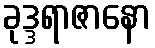
ခုဒ္ဒရာဇာနော